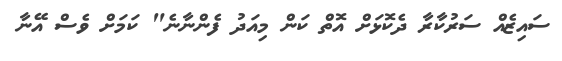
ސައިޒެއް ސަރުކާރާ ދެކޮޅަށް އޮތް ކަން މިއަދު ފެންނާނެ" ކަމަށް ވެސް އޭނާ